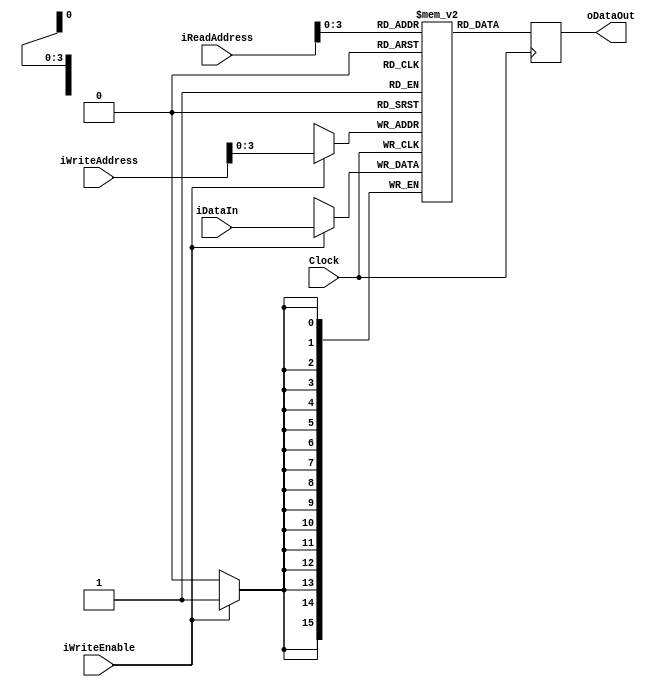
//Mauricio Jos Valverde Monge A76674
//Francisco Andrs Vargas Piedra A76821
//RAM.v Modificado para Laboratorio de Circuitos Digitales I

`timescale 1ns / 1ps

// RAM para almacenar el contenido que se imprimir en la pantalla
module RAM_SINGLE_READ_PORT # ( parameter DATA_WIDTH= 16, parameter ADDR_WIDTH=8, parameter MEM_SIZE=8 )
(
	input wire Clock,
	input wire iWriteEnable,
	input wire[ADDR_WIDTH-1:0] iReadAddress,
	input wire[ADDR_WIDTH-1:0] iWriteAddress,
	input wire[DATA_WIDTH-1:0] iDataIn,
	output reg [DATA_WIDTH-1:0] oDataOut
);

reg [DATA_WIDTH-1:0] Ram [MEM_SIZE:0];

always @(posedge Clock)
begin
	if (iWriteEnable)
	Ram[iWriteAddress] <= iDataIn;
	oDataOut <= Ram[iReadAddress];
end

endmodule

// RAM para controlar instrucciones y registros
module RAM_DUAL_READ_PORT # ( parameter DATA_WIDTH= 16, parameter ADDR_WIDTH=8, parameter MEM_SIZE=8 )
(
	input wire						Clock,
	input wire						iWriteEnable,
	input wire[ADDR_WIDTH-1:0]	iReadAddress0,
	input wire[ADDR_WIDTH-1:0]	iReadAddress1,
	input wire[ADDR_WIDTH-1:0]	iWriteAddress,
	input wire[DATA_WIDTH-1:0]		 	iDataIn,
	output reg [DATA_WIDTH-1:0] 		oDataOut0,
	output reg [DATA_WIDTH-1:0] 		oDataOut1
);

	reg [DATA_WIDTH-1:0] Ram [MEM_SIZE:0];		

	always @(posedge Clock) 
		begin 
				if (iWriteEnable) 
					Ram[iWriteAddress] <= iDataIn; 
				
				oDataOut0 <= Ram[iReadAddress0]; 
				oDataOut1 <= Ram[iReadAddress1]; 
		end 
endmodule